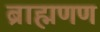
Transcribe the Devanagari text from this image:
ब्राह्मणण